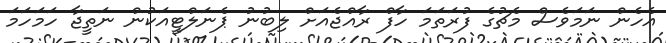
އެހެން ނަމަވެސް މެޗުގެ ފުރަތަމަ ހާފް ރާއްޖެއަށް ލިބުނު ޕެނަލްޓީއަކުން ނަތީޖާ ހަމަހަމަ